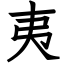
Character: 夷